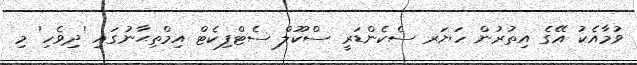
ވުމާއެކު އޭގެ އިތުރުން ހަޔަރ ސެކެންޑަރީ ސްކޫލް ސެޓްފިކެޓް އިމްތިޙާނުގައި 'ދިވެހި' މި